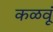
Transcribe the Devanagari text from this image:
कळवूं